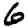
Digit: 6